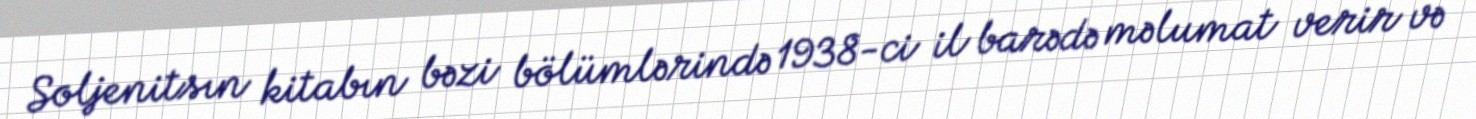
Soljenitsın kitabın bəzi bölümlərində 1938-ci il barədə məlumat verir və